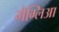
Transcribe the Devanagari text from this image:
गैग्लिआ